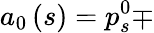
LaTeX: a_{0}\left(s\right)=p_{s}^{0}\mp